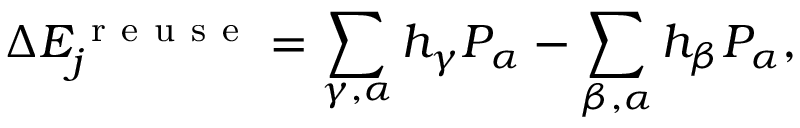
\Delta E _ { j } ^ { \mathrm { ~ r ~ e ~ u ~ s ~ e ~ } } = \sum _ { \gamma , \alpha } h _ { \gamma } P _ { \alpha } - \sum _ { \beta , \alpha } h _ { \beta } P _ { \alpha } ,